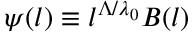
\psi ( l ) \equiv l ^ { \Lambda / \lambda _ { 0 } } B ( l )